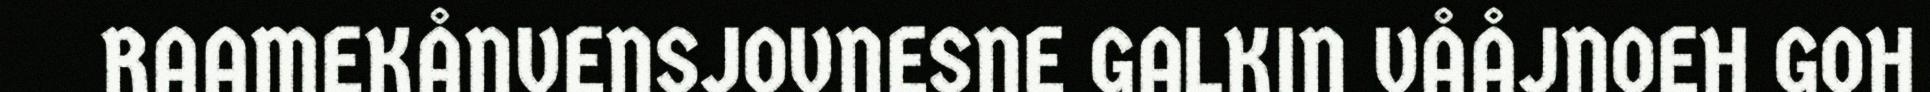
RAAMEKÅNVENSJOVNESNE GALKIN VÅÅJNOEH GOH